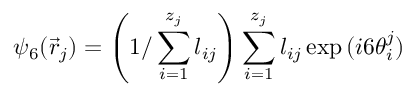
\psi _ { 6 } ( \vec { r } _ { j } ) = \left( 1 / \sum _ { i = 1 } ^ { z _ { j } } l _ { i j } \right) \sum _ { i = 1 } ^ { z _ { j } } l _ { i j } \exp { ( i 6 \theta _ { i } ^ { j } ) }